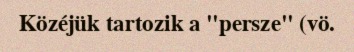
Közéjük tartozik a "persze" (vö.